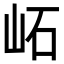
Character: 𡶌